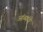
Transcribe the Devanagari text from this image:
आंब्यांचे